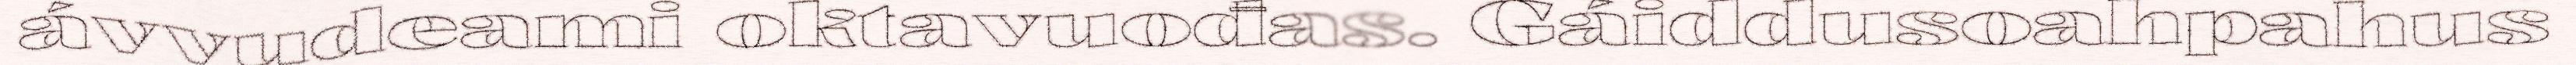
ávvudeami oktavuođas. Gáiddusoahpahus